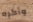
وأكره